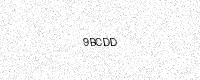
Text: 9BCDD